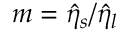
m = \hat { \eta } _ { s } / \hat { \eta } _ { l }